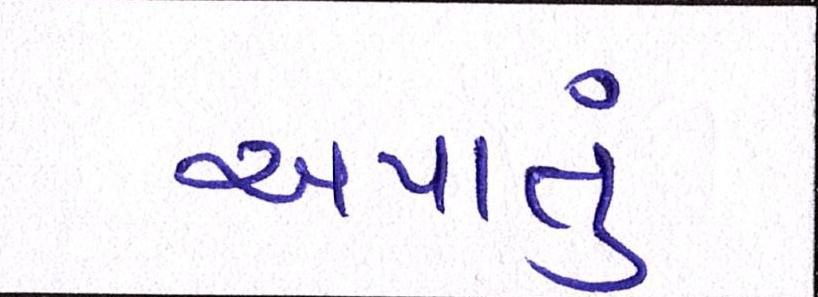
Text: અપાતું